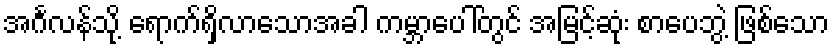
အင်္ဂလန်သို့ ရောက်ရှိလာသောအခါ ကမ္ဘာပေါ်တွင် အမြင့်ဆုံး စာပေဘွဲ့ ဖြစ်သော